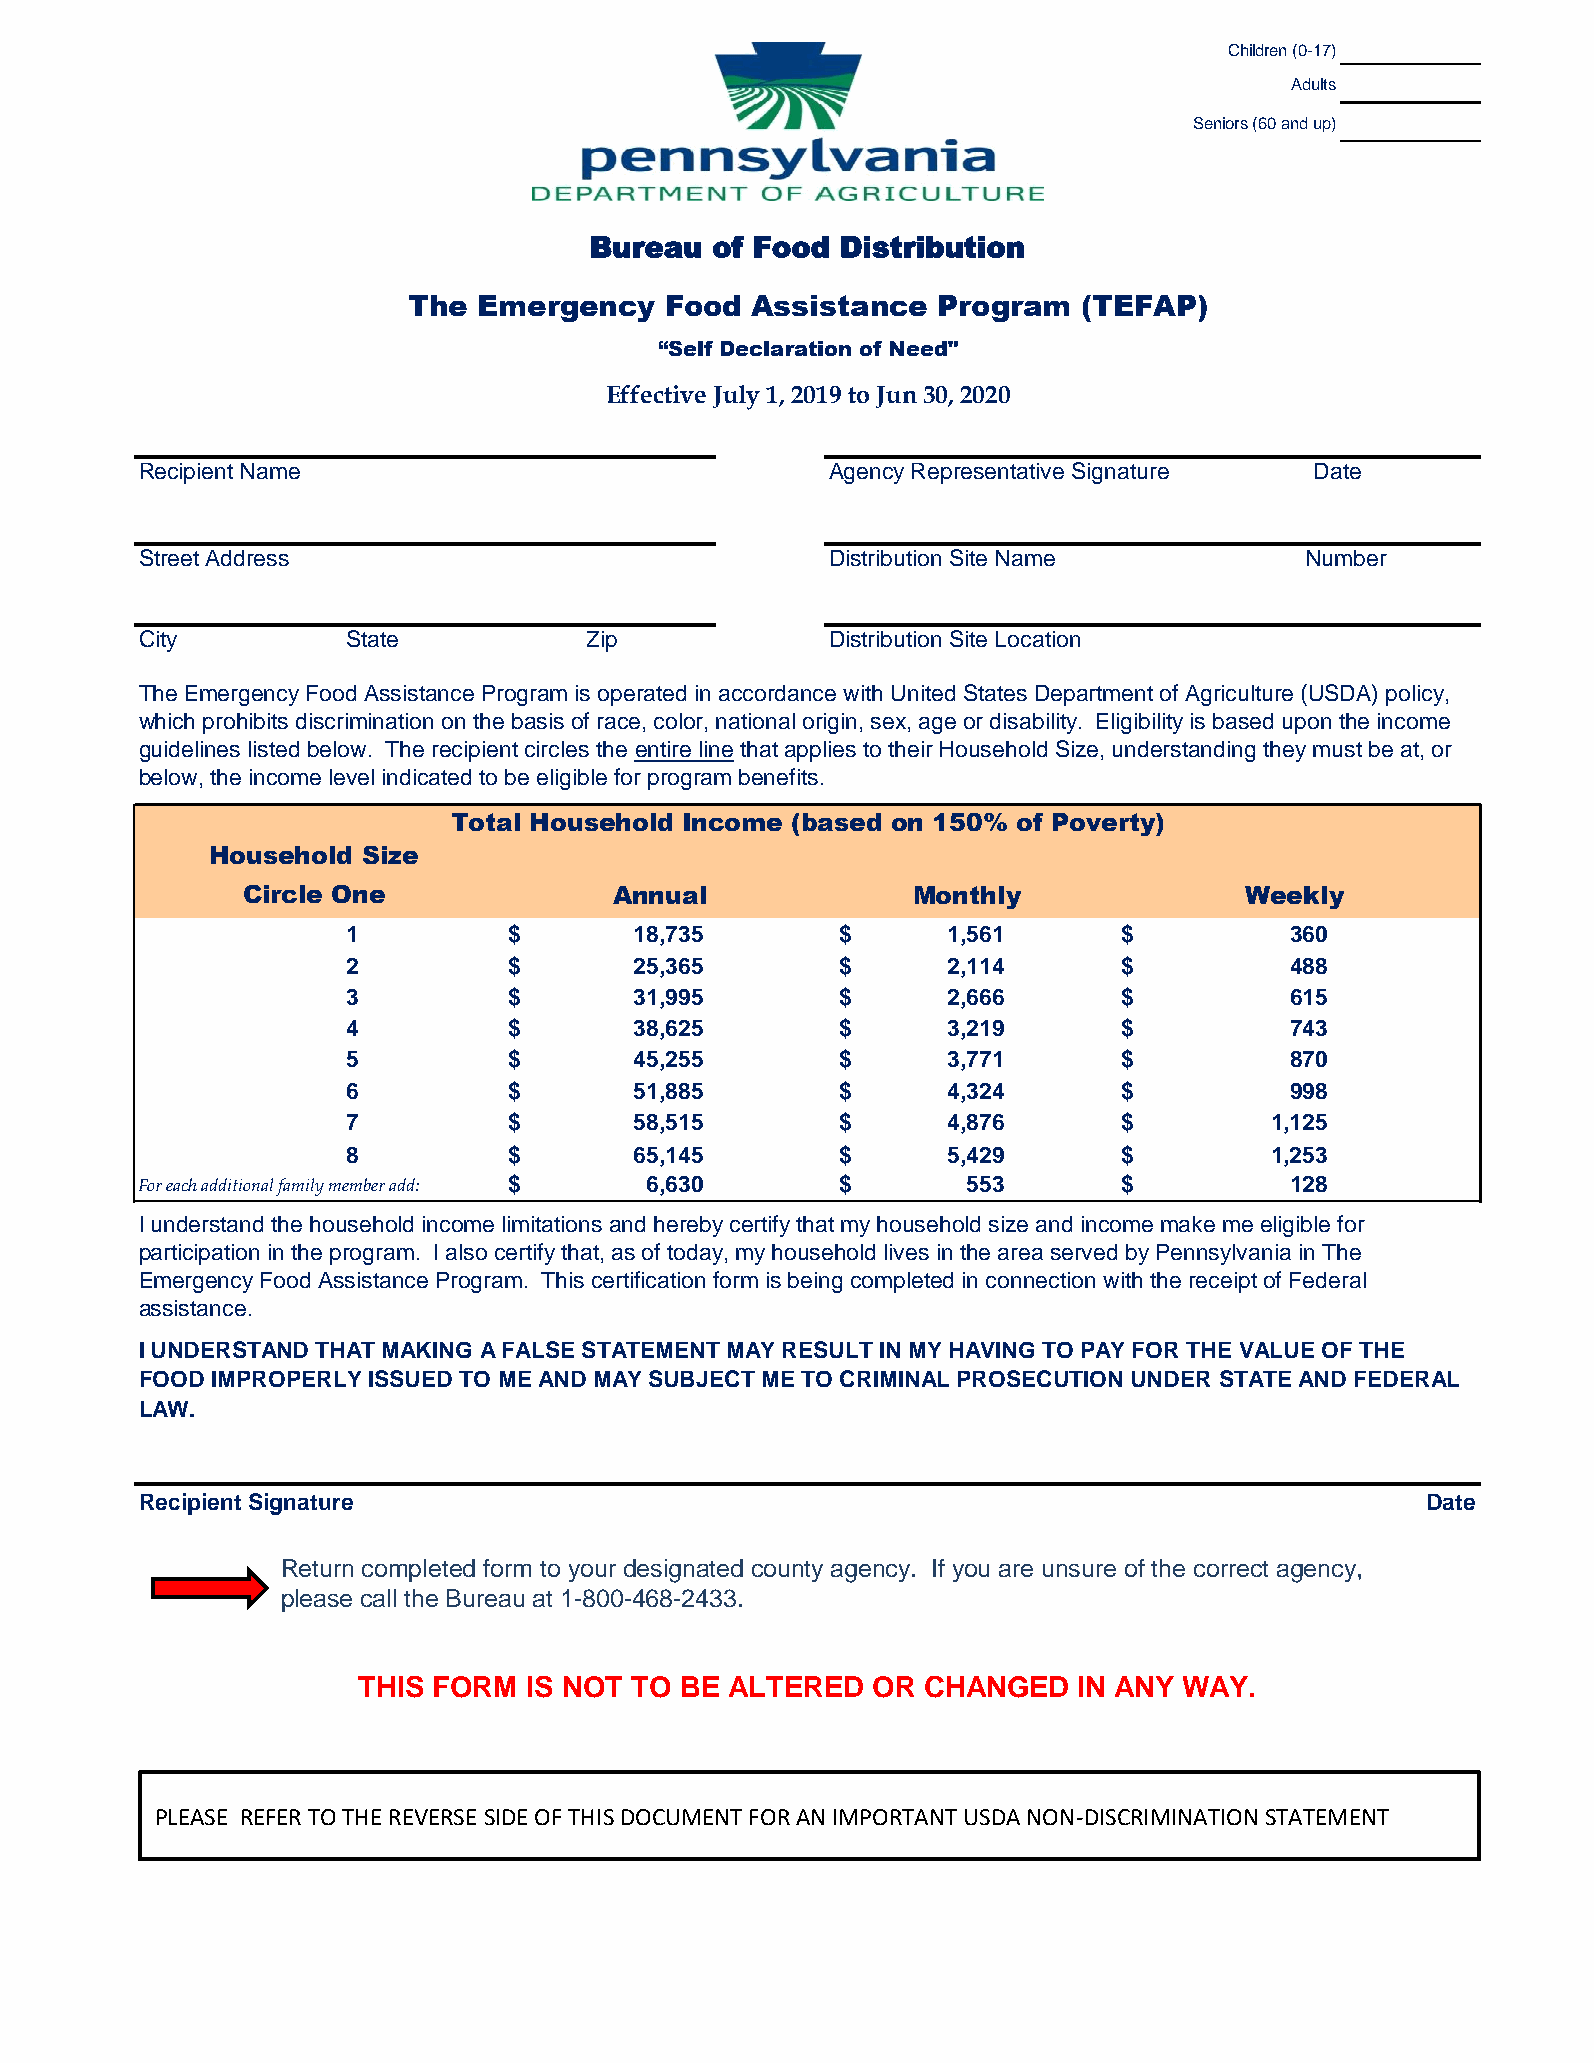
Children (0-17)
 Adults
 Seniors (60 and up)
 Bureau  of Food  Distribution
 The  Emergency   Food  Assistance  Program   (TEFAP)
 “Self Declaration of Need"
 Effective July 1, 2019 to Jun 30, 2020
 Recipient Name                                Agency Representative Signature Date
 Street Address                                Distribution Site Name         Number
 City          State           Zip             Distribution Site Location
 The Emergency Food Assistance Program is operated in accordance with United States Department of Agriculture (USDA) policy,
 which prohibits discrimination on the basis of race, color, national origin, sex, age or disability. Eligibility is based upon the income
 guidelines listed below. The recipient circles the entire line that applies to their Household Size, understanding they must be at, or
 below, the income level indicated to be eligible for program benefits.
 Total Household Income (based on 150% of Poverty)
 Household Size
 Circle One               Annual             Monthly               Weekly
 1          $       1 8,735       $      1,561      $          3 60
 2          $       2 5,365       $      2,114      $          4 88
 3          $       3 1,995       $      2,666      $          6 15
 4          $       3 8,625       $      3,219      $          7 43
 5          $       4 5,255       $      3,771      $          8 70
 6          $       5 1,885       $      4,324      $          9 98
 7          $       5 8,515       $      4,876      $         1 ,125
 8          $       6 5,145       $      5,429      $         1 ,253
 For each additional family member add: $ 6,630 $       553       $          1 28
 I understand the household income limitations and hereby certify that my household size and income make me eligible for
 participation in the program. I also certify that, as of today, my household lives in the area served by Pennsylvania in The
 Emergency Food Assistance Program. This certification form is being completed in connection with the receipt of Federal
 assistance.
 I UNDERSTAND THAT MAKING A FALSE STATEMENT MAY RESULT IN MY HAVING TO PAY FOR THE VALUE OF THE
 FOOD IMPROPERLY ISSUED TO ME AND MAY SUBJECT ME TO CRIMINAL PROSECUTION UNDER STATE AND FEDERAL
 LAW.
 Recipient Signature                                                                  Date
 Return completed form to your designated county agency. If you are unsure of the correct agency,
 please call the Bureau at 1-800-468-2433.
 THIS FORM  IS NOT TO BE ALTERED   OR CHANGED   IN ANY WAY.
 PLEASE REFER TO THE REVERSE SIDE OF THIS DOCUMENT FOR AN IMPORTANT USDA NON-DISCRIMINATION STATEMENT